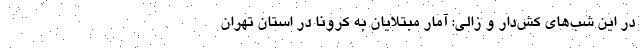
در این شب‌های کش‌دار و زالی: آمار مبتلایان به کرونا در استان تهران